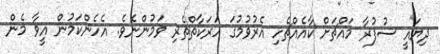
ދިޔައީ ސުފުރާ މައްޗަށް ކާއެއްޗެހި އެރުވުމުގަ ހަރަކާތްތެރި ވަމުންނެވެ. އެހެންކަމުން އީވާ މެން